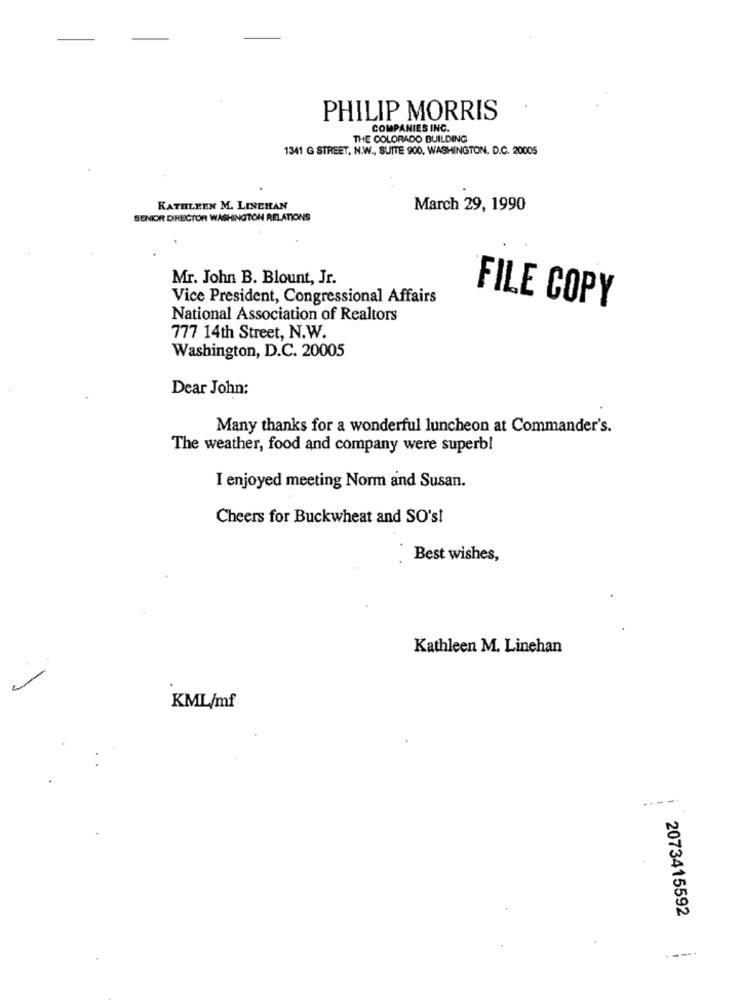
PHILIP MORRIS
COMPANIES INC.
THE COLORADO BUILDING
1341 G STREET, N.W ., SUITE 900, WASHINGTON, D.C. 20005
KATHLEEN M. LINEHAN
March 29, 1990
SENIOR DIRECTOR WASHINGTON RELATIONS
Mr. John B. Blount, Jr.
Vice President, Congressional Affairs
FILE COPY
National Association of Realtors
777 14th Street, N.W.
Washington, D.C. 20005
Dear John:
Many thanks for a wonderful luncheon at Commander's.
The weather, food and company were superbl
I enjoyed meeting Norm and Susan.
Cheers for Buckwheat and SO's!
Best wishes,
Kathleen M. Linehan
KML/mf
.---
2073415592